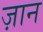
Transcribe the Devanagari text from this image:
ज़ान